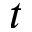
t